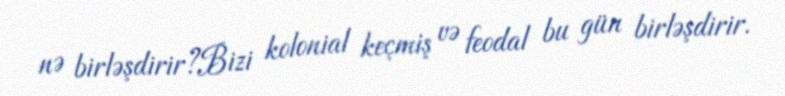
nə birləşdirir?Bizi kolonial keçmiş və feodal bu gün birləşdirir.